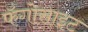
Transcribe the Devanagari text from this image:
फॅगोसाइट